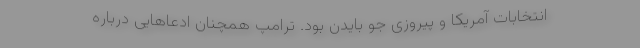
انتخابات آمریکا و پیروزی جو بایدن بود. ترامپ همچنان ادعاهایی درباره